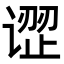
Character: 䜧